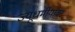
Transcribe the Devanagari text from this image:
ज्यूधर्मीयांवर